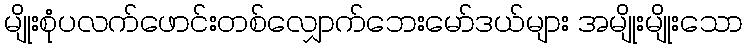
မျိုးစုံပလက်ဖောင်းတစ်လျှောက်ဘေးမော်ဒယ်များ အမျိုးမျိုးသော